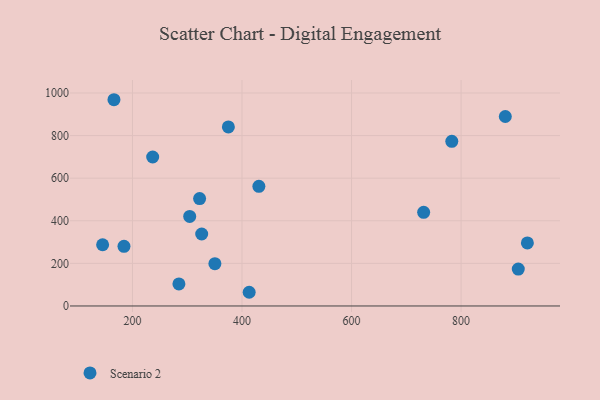
{"axis": {"x": "Investment", "y": "Exam Score"}, "legend": ["Scenario 2"], "data": [{"x": "880.8", "y": 889.7, "type": "Scenario 2"}, {"x": "904.5", "y": 173.3, "type": "Scenario 2"}, {"x": "322.6", "y": 504.2, "type": "Scenario 2"}, {"x": "236.9", "y": 699.4, "type": "Scenario 2"}, {"x": "921.1", "y": 296.2, "type": "Scenario 2"}, {"x": "184.5", "y": 280.2, "type": "Scenario 2"}, {"x": "326.4", "y": 337.9, "type": "Scenario 2"}, {"x": "284.8", "y": 103.4, "type": "Scenario 2"}, {"x": "375.1", "y": 840.8, "type": "Scenario 2"}, {"x": "731.7", "y": 439.8, "type": "Scenario 2"}, {"x": "166.2", "y": 968.4, "type": "Scenario 2"}, {"x": "413.1", "y": 64.3, "type": "Scenario 2"}, {"x": "430.8", "y": 561.7, "type": "Scenario 2"}, {"x": "145.5", "y": 287.5, "type": "Scenario 2"}, {"x": "783.1", "y": 773.1, "type": "Scenario 2"}, {"x": "304.5", "y": 420.6, "type": "Scenario 2"}, {"x": "350.5", "y": 198.4, "type": "Scenario 2"}]}